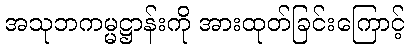
အသုဘကမ္မဋ္ဌာန်းကို အားထုတ်ခြင်းကြောင့်